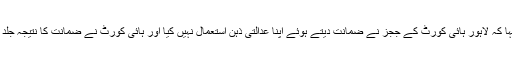
نعیم بخاری نے کہا کہ لاہور ہائی کورٹ کے ججز نے ضمانت دیتے ہوئے اپنا عدالتی ذہن استعمال نہیں کیا اور ہائی کورٹ نے ضمانت کا نتیجہ جلد بازی میں اخذ کیا۔